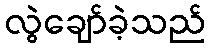
လွဲချော်ခဲ့သည်